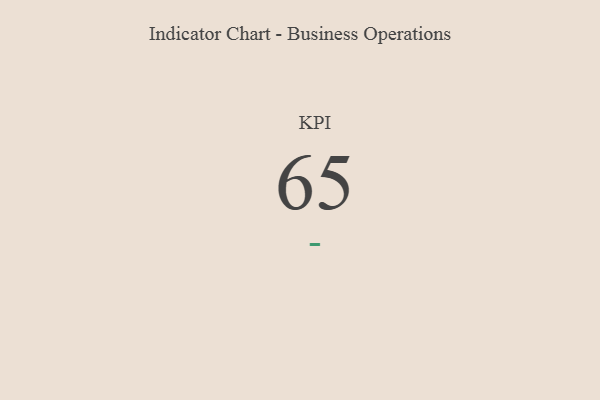
{"axis": {"x": "KPI", "y": "Value"}, "legend": [""], "data": [{"x": "KPI", "y": 65, "type": ""}]}